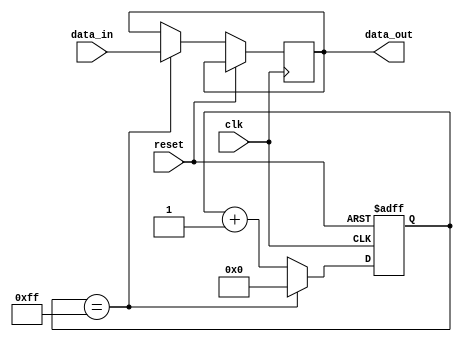
module timing_control_and_sync (
    input wire clk,
    input wire reset,
    input wire data_in,
    output wire data_out
);

reg [7:0] counter;

always @(posedge clk or posedge reset) begin
    if (reset) begin
        counter <= 8'b00000000;
    end else begin
        if (counter == 8'b11111111) begin
            counter <= 8'b00000000;
            data_out <= data_in;
        end else begin
            counter <= counter + 1;
        end
    end
end

endmodule